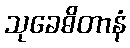
သုခေဓိတာနံ